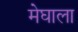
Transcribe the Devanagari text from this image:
मेघाला